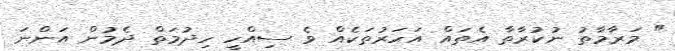
" މަރާމާތު ނުކުރާތާ އެތައް އަހަރުތަކެއް ވެ ސިއްހީ ހިދުމަތް ދެމުން އަންނަ